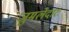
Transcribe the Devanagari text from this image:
जुमलेदारः